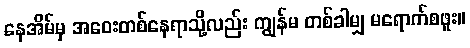
နေအိမ်မှ အဝေးတစ်နေရာသို့လည်း ကျွန်မ တစ်ခါမျှ မရောက်စဖူး။